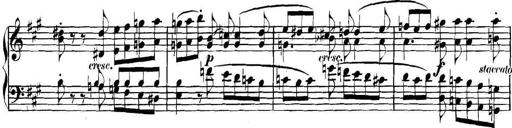
Title: Collected Piano Sonatas
Composer: Muzio Clementi